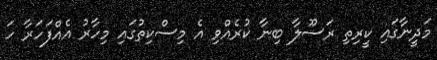
މަދީނާގައި ކީރިތި ރަސޫލާ ބިނާ ކުރެއްވި އެ މިސްކިތުގައި މިހާރު އެއްފަހަރާ ހަ